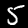
Digit: 5